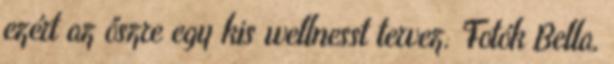
ezért az őszre egy kis wellnesst tervez. Fotók Bella,